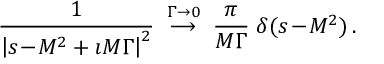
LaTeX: \frac { 1 } { \left| s \! - \! M ^ { 2 } + \i M \Gamma \right| ^ { 2 } } \; \stackrel { \Gamma \to 0 } { \longrightarrow } \; \frac { \pi } { M \Gamma } \; \delta ( s \! - \! M ^ { 2 } ) \, .